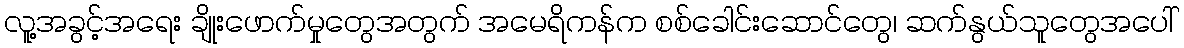
လူ့အခွင့်အရေး ချိုးဖောက်မှုတွေအတွက် အမေရိကန်က စစ်ခေါင်းဆောင်တွေ၊ ဆက်နွယ်သူတွေအပေါ်